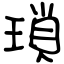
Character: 瑣